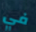
في